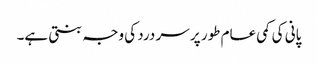
پانی کی کمی عام طور پر سر درد کی وجہ بنتی ہے۔